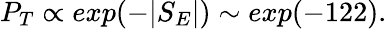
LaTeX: P_{T}\propto exp(-\vert S_{E}\vert)\sim exp(-122).